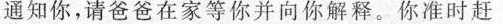
通知你，请爸爸在家等你并向你解释。你准时赶